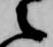
之